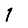
Digit: 1